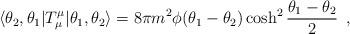
LaTeX: \begin{align*}\langle \theta_2,\theta_1 | T_{\mu}^{\mu} |\theta_1,\theta_2 \rangle = 8 \pi m^2 \phi(\theta_1-\theta_2)\cosh^2\frac{\theta_1-\theta_2}{2} \,\,\,,\end{align*}